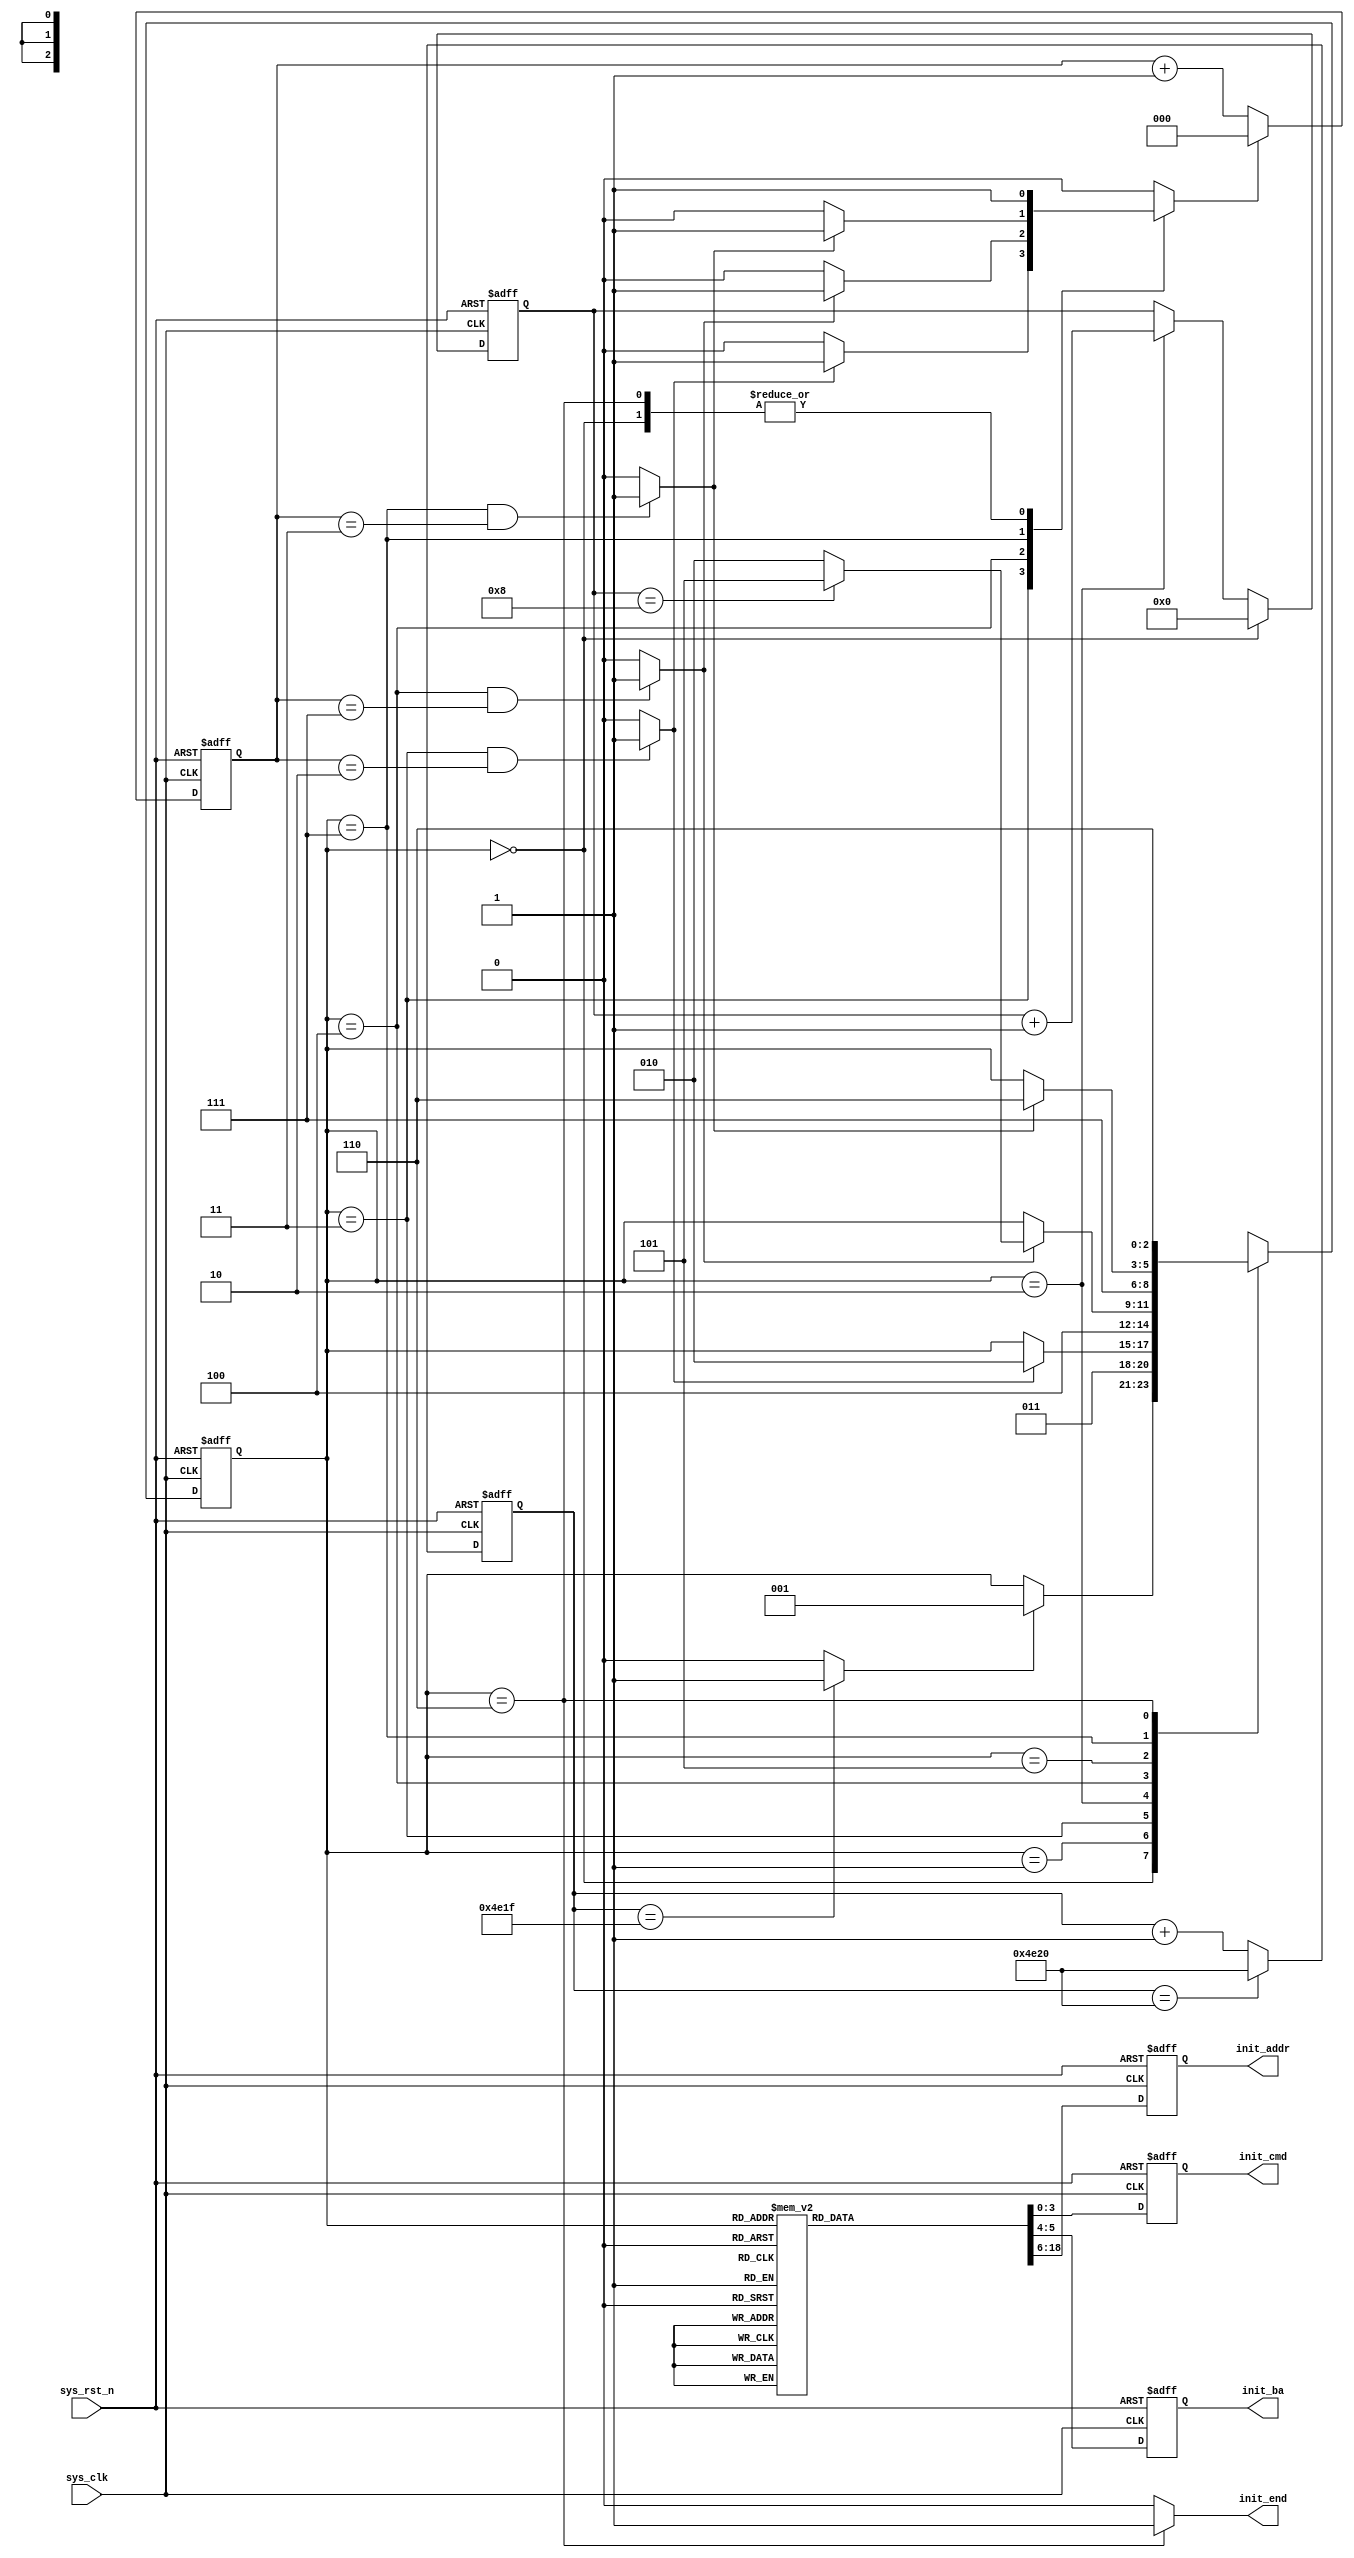
`timescale  1ns/1ns
////////////////////////////////////////////////////////////////////////
// Module Name   : sdram_init
// Project Name  : ov5640_hdmi_1280x720
// Target Devices: Altera EP4CE10F17C8N
// Tool Versions : Quartus 13.0
// Description   : SDRAM
// 
// Revision      : V1.0
// Additional Comments:
// 
// : _Pro_FPGA
//     : http://www.embedfire.com
//     : http://www.firebbs.cn
//     : https://fire-stm32.taobao.com
////////////////////////////////////////////////////////////////////////

module  sdram_init
(
    input   wire            sys_clk     ,   //,100MHz
    input   wire            sys_rst_n   ,   //,

    output  reg     [3:0]   init_cmd    ,   //sdram,{cs_n,ras_n,cas_n,we_n}
    output  reg     [1:0]   init_ba     ,   //Bank
    output  reg     [12:0]  init_addr   ,   //,
                                            //,A12-A0,13
    output  wire            init_end        //
);

//********************************************************************//
//****************** Parameter and Internal Signal *******************//
//********************************************************************//

// parameter    define
parameter   T_POWER     =   15'd20_000  ;   //(200us)
//SDRAM
parameter   P_CHARGE    =   4'b0010     ,   //
            AUTO_REF    =   4'b0001     ,   //
            NOP         =   4'b0111     ,   //
            M_REG_SET   =   4'b0000     ;   //
//SDRAM
parameter   INIT_IDLE   =   3'b000      ,   //
            INIT_PRE    =   3'b001      ,   //
            INIT_TRP    =   3'b011      ,   //          tRP
            INIT_AR     =   3'b010      ,   //
            INIT_TRF    =   3'b100      ,   //        tRC
            INIT_MRS    =   3'b101      ,   //
            INIT_TMRD   =   3'b111      ,   //  tMRD
            INIT_END    =   3'b110      ;   //
parameter   TRP_CLK     =   3'd2        ,   //,20ns
            TRC_CLK     =   3'd7        ,   //,70ns
            TMRD_CLK    =   3'd3        ;   //,30ns

// wire define
wire            wait_end        ;   //200us
wire            trp_end         ;   //
wire            trc_end         ;   //
wire            tmrd_end        ;   //

// reg  define
reg     [14:0]  cnt_200us       ;   //SDRAM200us
reg     [2:0]   init_state      ;   //SDRAM
reg     [2:0]   cnt_clk         ;   //,
reg             cnt_clk_rst     ;   //
reg     [3:0]   cnt_init_aref   ;   //

//********************************************************************//
//***************************** Main Code ****************************//
//********************************************************************//

//cnt_200us:SDRAM200us
always@(posedge sys_clk or negedge sys_rst_n)
    if(sys_rst_n == 1'b0)
        cnt_200us   <=  15'd0;
    else    if(cnt_200us == T_POWER)
        cnt_200us   <=  T_POWER;
    else
        cnt_200us   <=  cnt_200us + 1'b1;

//wait_end:200us
assign  wait_end = (cnt_200us == (T_POWER - 1'b1)) ? 1'b1 : 1'b0;

//init_end:SDRAM
assign  init_end = (init_state == INIT_END) ? 1'b1 : 1'b0;

//cnt_clk:,
always@(posedge sys_clk or negedge sys_rst_n)
    if(sys_rst_n == 1'b0)
        cnt_clk <=  3'd0;
    else    if(cnt_clk_rst == 1'b1)
        cnt_clk <=  3'd0;
    else
        cnt_clk <=  cnt_clk + 1'b1;

//cnt_init_aref:
always@(posedge sys_clk or negedge sys_rst_n)
    if(sys_rst_n == 1'b0)
        cnt_init_aref   <=  4'd0;
    else    if(init_state == INIT_IDLE)
        cnt_init_aref   <=  4'd0;
    else    if(init_state == INIT_AR)
        cnt_init_aref   <=  cnt_init_aref + 1'b1;
    else
        cnt_init_aref   <=  cnt_init_aref;

//trp_end,trc_end,tmrd_end:
assign  trp_end     =   ((init_state == INIT_TRP )
                        && (cnt_clk == TRP_CLK )) ? 1'b1 : 1'b0;
assign  trc_end     =   ((init_state == INIT_TRF )
                        && (cnt_clk == TRC_CLK )) ? 1'b1 : 1'b0;
assign  tmrd_end    =   ((init_state == INIT_TMRD)
                        && (cnt_clk == TMRD_CLK)) ? 1'b1 : 1'b0;

//SDRAM
always@(posedge sys_clk or negedge sys_rst_n)
    if(sys_rst_n == 1'b0)
        init_state  <=  INIT_IDLE;
    else
        case(init_state)
            INIT_IDLE:  //,200us
                if(wait_end == 1'b1)
                    init_state  <=  INIT_PRE;
                else
                    init_state  <=  init_state;
            INIT_PRE:   //
                init_state  <=  INIT_TRP;
            INIT_TRP:   //,,
                if(trp_end == 1'b1)
                    init_state  <=  INIT_AR;
                else
                    init_state  <=  init_state;
            INIT_AR :   //,
                init_state  <=  INIT_TRF;
            INIT_TRF:   //,,
                if(trc_end == 1'b1)
                    if(cnt_init_aref == 4'd8)
                        init_state  <=  INIT_MRS;
                    else
                        init_state  <=  INIT_AR;
                else
                    init_state  <=  init_state;
            INIT_MRS:   //,
                init_state  <=  INIT_TMRD;
            INIT_TMRD:  //,,
                if(tmrd_end == 1'b1)
                    init_state  <=  INIT_END;
                else
                    init_state  <=  init_state;
            INIT_END:   //,
                init_state  <=  INIT_END;
            default:    init_state  <=  INIT_IDLE;
        endcase

//cnt_clk_rst:
always@(*)
    begin
        case (init_state)
            INIT_IDLE:  cnt_clk_rst <=  1'b1;   //,,
            INIT_TRP:   cnt_clk_rst <= (trp_end == 1'b1) ? 1'b1 : 1'b0;
                                                //,
            INIT_TRF:   cnt_clk_rst <=  (trc_end == 1'b1) ? 1'b1 : 1'b0; 
                                                //,
            INIT_TMRD:  cnt_clk_rst <=  (tmrd_end == 1'b1) ? 1'b1 : 1'b0;
                                                //,
            INIT_END:   cnt_clk_rst <=  1'b1;   //,
            default:    cnt_clk_rst <=  1'b0;
        endcase
    end

//SDRAM
always@(posedge sys_clk or negedge sys_rst_n)
    if(sys_rst_n == 1'b0)
        begin
            init_cmd    <=  NOP;
            init_ba     <=  2'b11;
            init_addr   <=  13'h1fff;
        end
    else
        case(init_state)
            INIT_IDLE,INIT_TRP,INIT_TRF,INIT_TMRD:  //
                begin
                    init_cmd    <=  NOP;
                    init_ba     <=  2'b11;
                    init_addr   <=  13'h1fff;
                end
            INIT_PRE:   //
                begin
                    init_cmd    <=  P_CHARGE;
                    init_ba     <=  2'b11;
                    init_addr   <=  13'h1fff;
                end 
            INIT_AR:    //
                begin
                    init_cmd    <=  AUTO_REF;
                    init_ba     <=  2'b11;
                    init_addr   <=  13'h1fff;
                end
            INIT_MRS:   //
                begin
                    init_cmd    <=  M_REG_SET;
                    init_ba     <=  2'b00;
                    init_addr   <=
                    {    //,,
                        3'b000,     //A12-A10:
                        1'b0,       //A9=0:,0:&,1:&
                        2'b00,      //{A8,A7}=00:,
                        3'b011,     //{A6,A5,A4}=011:CAS,010:2,011:3,:
                        1'b0,       //A3=0:,0:,1:
                        3'b111      //{A2,A1,A0}=111:,000:,001:2
                                    //010:4,011:8,111:,:
                    };
                end 
            INIT_END:   //SDRAM
                begin
                    init_cmd    <=  NOP;
                    init_ba     <=  2'b11;
                    init_addr   <=  13'h1fff;
                end
            default:
                begin
                    init_cmd    <=  NOP;
                    init_ba     <=  2'b11;
                    init_addr   <=  13'h1fff;
                end    
        endcase

endmodule